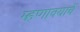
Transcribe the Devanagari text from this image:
म्हणावयाचें